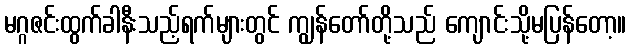
မဂ္ဂဇင်းထွက်ခါနီးသည့်ရက်များတွင် ကျွန်တော်တို့သည် ကျောင်းသို့မပြန်တော့။